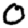
Digit: 0